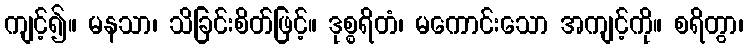
ကျင့်၍။ မနသာ၊ သိခြင်းစိတ်ဖြင့်။ ဒုစ္စရိတံ၊ မကောင်းသော အကျင့်ကို။ စရိတွာ၊